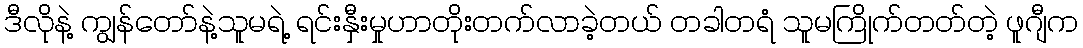
ဒီလိုနဲ့ ကျွန်တော်နဲ့သူမရဲ့ ရင်းနှီးမှုဟာတိုးတက်လာခဲ့တယ် တခါတရံ သူမကြိုက်တတ်တဲ့ ဖူဂျီက